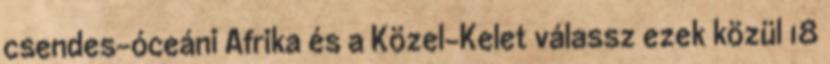
csendes-óceáni Afrika és a Közel-Kelet válassz ezek közül 18